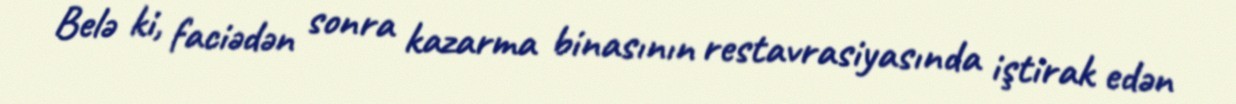
Belə ki, faciədən sonra kazarma binasının restavrasiyasında iştirak edən